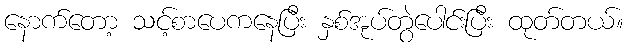
နောက်တော့ သင့်စာပေကနေပြီး နှစ်အုပ်တွဲပေါင်းပြီး ထုတ်တယ်။